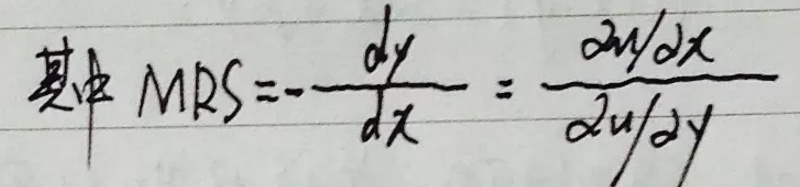
其中 $MRS = -\frac{dy}{dx}=\frac{\partial u/\partial x}{\partial u/\partial y}$